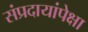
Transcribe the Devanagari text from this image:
संप्रदायांपेक्षा